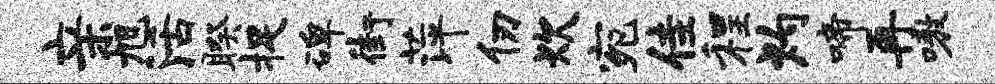
亲旭活睽捉碑街萍仞炊宛佳程灼啼再嗷